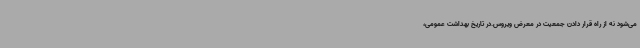
می‌شود نه از راه قرار دادن جمعیت در معرض ویروس.در تاریخ بهداشت عمومی،